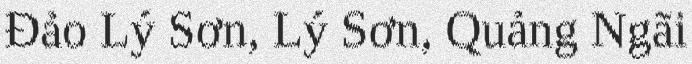
Đảo Lý Sơn, Lý Sơn, Quảng Ngãi